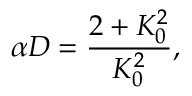
\alpha D = \frac { 2 + K _ { 0 } ^ { 2 } } { K _ { 0 } ^ { 2 } } ,